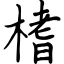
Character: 榰